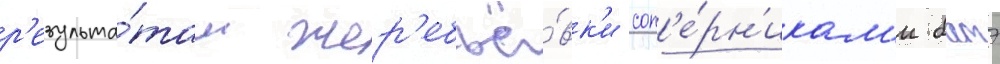
р'езульта́там жер'ебьё́вк'и соп'е́рн'икам'и батэ